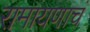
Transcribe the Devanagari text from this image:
रामायणाचं